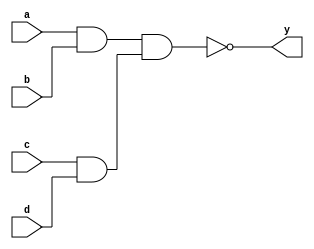
module four_level_nand(a,b,c,d,y);
	input a,b,c,d;
	output y;
	wire w1;
	assign w1=~(a&b);
	wire w2;
	assign w2=~(c&d);
	wire w3;
	assign w3=~(w1&w1);
	wire w4;
	assign w4=~(w2&w2);
	assign y=~(w3&w4);
endmodule